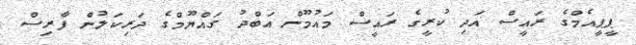
ޕީޕީއެމްގެ ރައީސް އަދި ކުރީގެ ރައީސް މައުމޫން އަބްދު ގައްޔޫމްގެ ދަރިކަލުން ފާރިސް